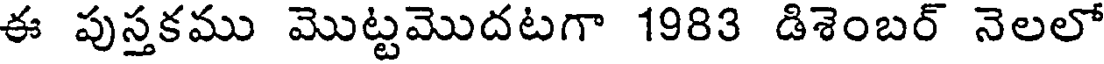
ఈ పుస్తకము మొట్టమొదటగా 1983 డిశెంబర్ నెలలో